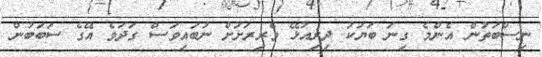
ނިސްބަތުން އެންމެ ގިނަ ބަޔަކު ދިރިއުޅޭ ވެރިރަށަށް ނުބައިވަސް ގަދަވެ އޭގެ ސަބަބުން